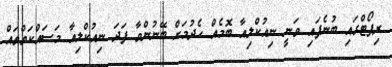
ރިޕޯޓްގައި ބުނެފައި ވަނީ ނިއުކްލިއާ ބޮމެއް ހެދުމަށް ބޭނުންވާ ފަދަ ނިއުކްލިއާ މަސައްކަތްތައް